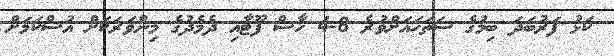
ކަޅު ފަރުބަދަ ބިމުގެ ސަތަހައަށްވުރެ 8-4 ހާސް ފޫޓާއި ދެމެދުގެ މިންވަރަކަށް އުސްކަމަށް